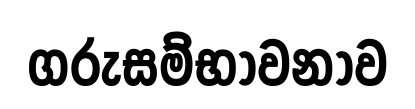
ගරුසම්භාවනාව